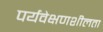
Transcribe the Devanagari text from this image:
पर्यवेक्षणशीलता